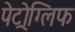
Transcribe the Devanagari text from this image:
पेट्रोग्लिफ